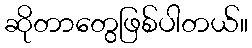
ဆိုတာတွေဖြစ်ပါတယ်။